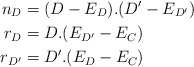
\begin{align*}n_D &= (D-E_D).(D'-E_{D'}) \\r_D &= D.(E_{D'}-E_C) \\r_{D'} &= D'.(E_{D}-E_C)\end{align*}